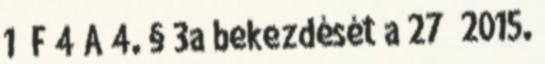
1 F 4 A 4. § 3a bekezdését a 27 2015.